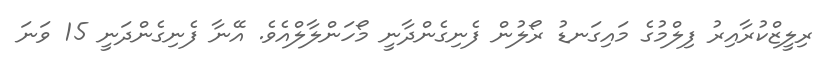
ރިލީޒްކުރާއިރު ފިލްމުގެ މައިގަނޑު ރޯލުން ފެނިގެންދާނީ މޯހަންލާލްއެވެ. އޭނާ ފެނިގެންދަނީ 15 ވަނަ